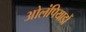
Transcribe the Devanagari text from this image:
ओलंपियाडों